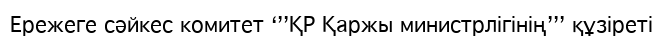
Ережеге сәйкес комитет ‘’’ҚР Қаржы министрлігінің’’’ құзіреті